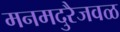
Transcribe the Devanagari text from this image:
मनमदुरैजवळ